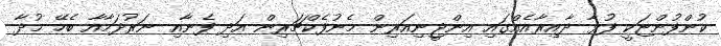
ކުންފުންޏަކީ ފުޅާ ދާއިރާއެއްގައި އިންޖީނިއަރިން މެނުފެކްޗަރިން އަދި ފެނާއި ނަރުދަމާއާ ބެހޭ މުދާ